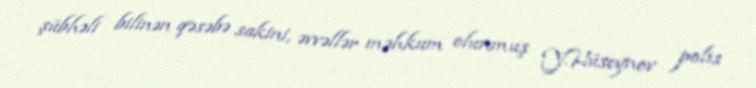
şübhəli bilinən qəsəbə sakini, əvvəllər məhkum olunmuş Y.Hüseynov polis